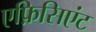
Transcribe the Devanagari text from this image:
एफ़िसिएंट